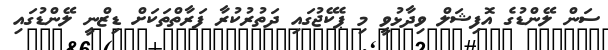
ސަން ލޭންޑުގެ އޮފިޝަލް ވިދާޅުވީ މި ޕެކޭޖުގައި ދަތުރުކުރާ ފަރާތްތަކަށް ޑިޒްނީ ލޭންޑުގައި